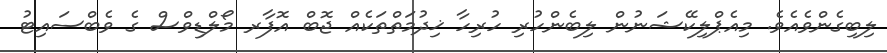
ލިބިގެންވެއެވެ. މިއެޕްލިކޭޝަނުން ލިބެންހުރި ހުރިހާ ޚިދުމަތްތަކެއް ޖޮބް އޮފާރ މޯލްޑިވްސް ގެ ވެބްސައިޓު